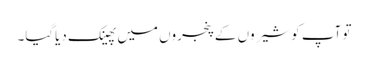
تو آپ کو شیروں کے پنجروں میں پھینک دیاگیا۔